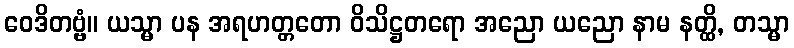
ဝေဒိတဗ္ဗံ။ ယသ္မာ ပန အရဟတ္တတော ဝိသိဋ္ဌတရော အညော ယညော နာမ နတ္ထိ, တသ္မာ